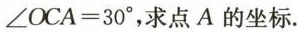
$$∠ O C A = 3 0 °$$，求点A的坐标.